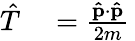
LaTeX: {\begin{array}{rl}{{\hat{T}}}&{{}={\frac{\mathbf{\hat{p}}\cdot\mathbf{\hat{p}}}{2m}}}\end{array}}\,